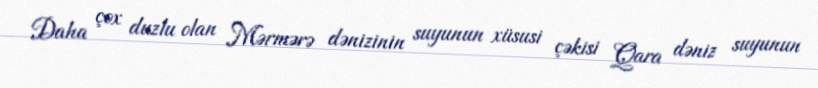
Daha çox duzlu olan Mərmərə dənizinin suyunun xüsusi çəkisi Qara dəniz suyunun